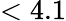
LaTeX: <4.1